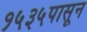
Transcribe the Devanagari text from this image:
१५३५पासून